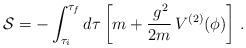
LaTeX: \begin{align*}{\cal S} = -\int_{\tau_i}^{\tau_f} d\tau\left[m + \frac{\,g^2}{2m}\,V^{(2)}(\phi)\right]\,.\end{align*}